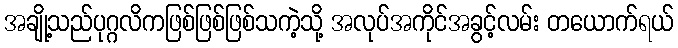
အချို့သည်ပုဂ္ဂလိကဖြစ်ဖြစ်ဖြစ်သကဲ့သို့ အလုပ်အကိုင်အခွင့်လမ်း တယောက်ရယ်